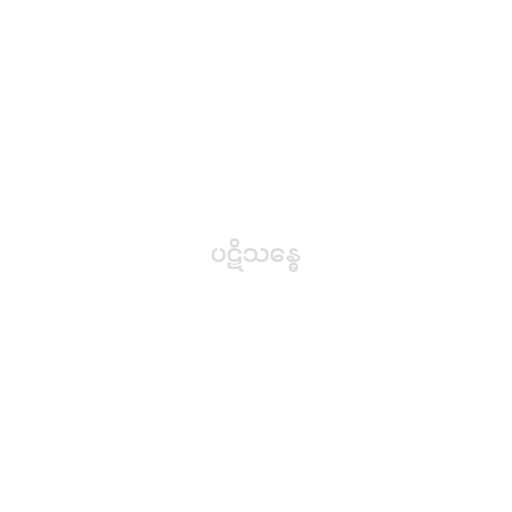
ပဋိသန္ဓေ